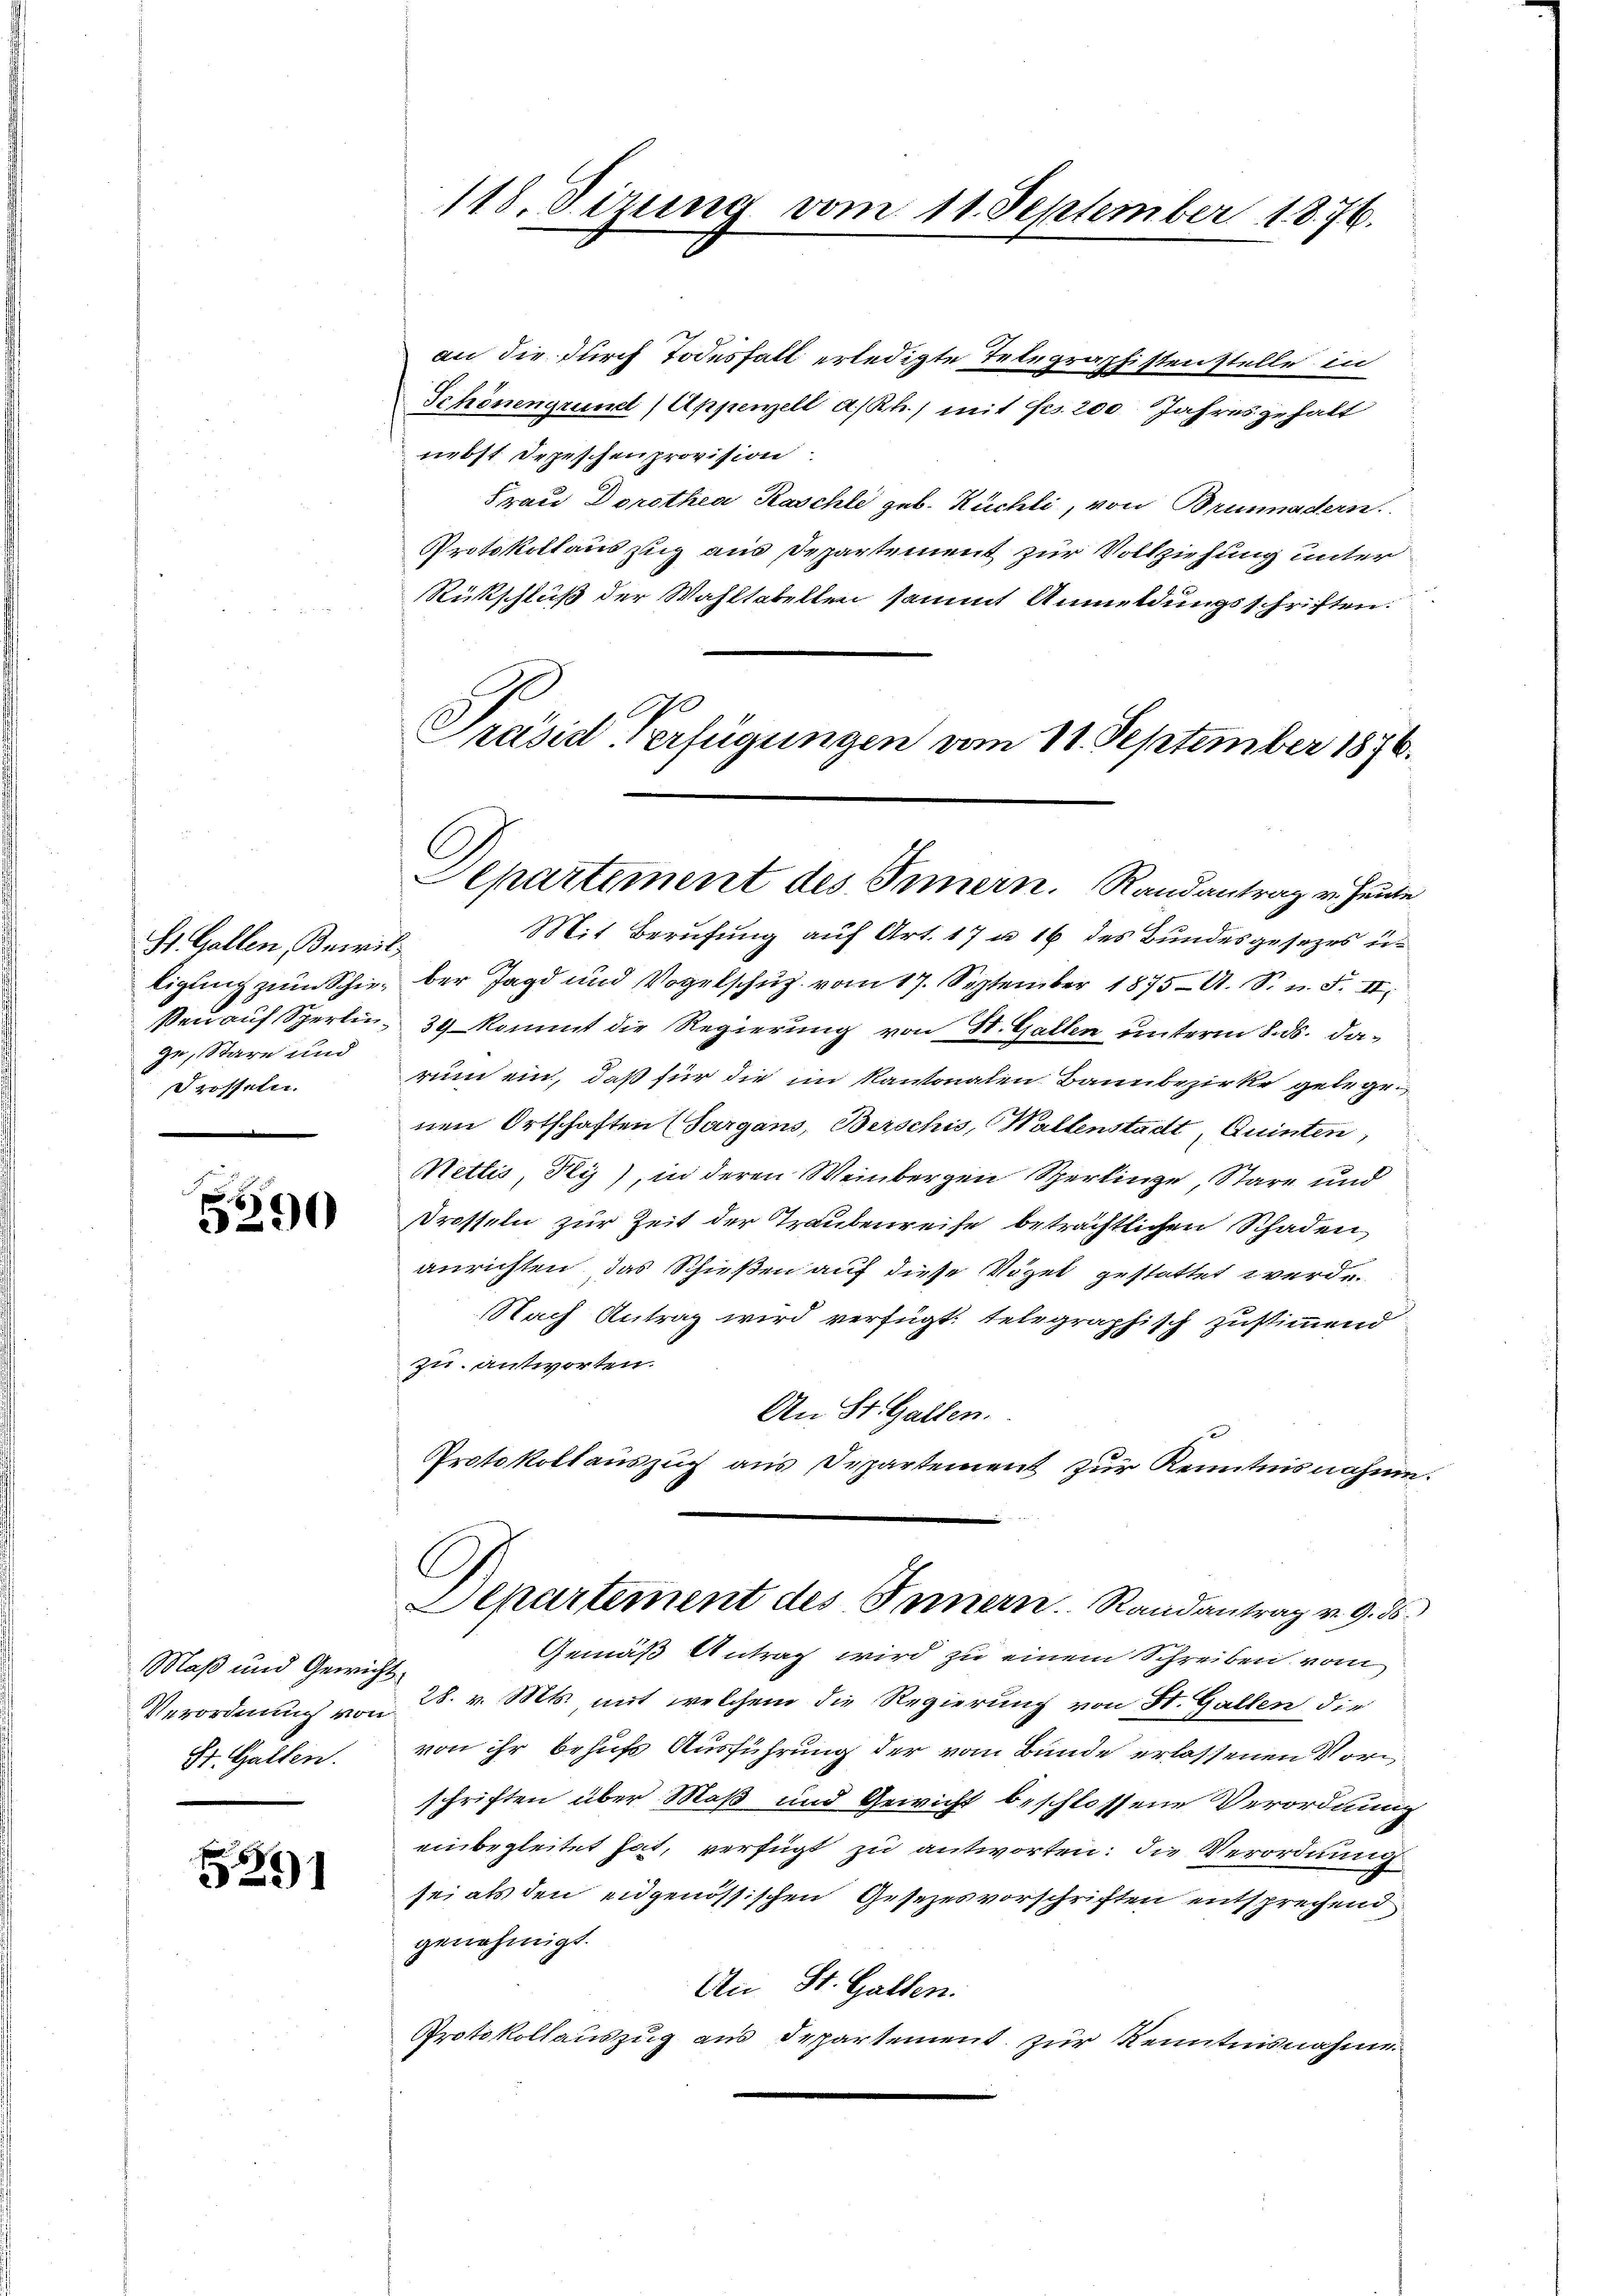
St. Gallen, Bewil
ze, Stare und
drosseln.

a
5290

Maß und Gewich¬
St. Gallen.

291

an die durch Todesfall erledigte Telegraphisten stelle in
Schönengrund (Appenzell a/Rh.) mit Frs. 200 Jahresgehalt
nebst Depeschen provision
Frau Dorothea Raschli geb. Rüchli, von Brunnadern.
Protokollaus zug aus Departement zur Vollziehung unter
Rückschluß der Wahltabellen sammt Anmeldungsschriften.
Präsid. Verfügungen vom 11. September 1876.

118. Dizung vom 11. September 1876.

Departement des Innern. Randantrag v. Heute

Mit Berufung auf Art. 17 u. 16 des Bundesgesezes u.
ligung zum Schien der Jagd und Vogelschutz vom 17. September 1875 A. S. n. F. II
ßen auf Sperlin 39 kommt die Regierung von St. Gallen unterm 8. ds. darum ein, daß für die im Kantonalen Bann bezirke gelegenen Ortschaften (Sargans, Berschis, Wallenstadt, Quinten,
Nettis, Ply), in deren Weinbergen Sperlinge, Stare und
drosseln zur Zeit der Traubenreise beträchtlichen Schaden
anrichten, das Schießen auf diese Vögel gestattet werde.
Nach Antrag wird verfügt: telegraphisch zustimmend
zu antworten.
An St. Gallen.
Protokollauszug aus Departement zur Kenntnisnahme.

C
Departement des Innern. Randantrag v. 9. ds.

Gemäß Antrag wird zu einem Schreiben vom
.
Verordnung von 28. v. Mts. mit welchem die Regierung von St. Gallen die
von ihr behufs Ausführung der vom Bunde erlassenen Vorschriften über Maß und Gewicht beschlossene Verordnung
einbegleitet hat, verfügt zu antworten: die Verordnung
sei als den eidgenössischen Gesezesvorschriften entsprechend
genehmigt.
An St. Gallen.
Protokollauszug aus Departement zur Kenntnisnahme.